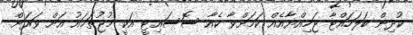
ކުދިން ބަލަހައްޓާ ޖަމިއްޔާއެއް ކަމަށްވާ ކެއާ ސޮސައިޓީ އަކީ މުޖުތަމައު އަށް ވަރަށް